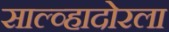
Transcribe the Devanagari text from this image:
साल्व्हादोरला